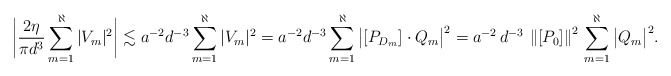
\begin{align*}\bigg|\frac{2\eta}{\pi d^3}\sum_{m=1}^\aleph|V_m|^2\bigg| \lesssim a^{-2}d^{-3}\sum_{m=1}^\aleph|V_m|^2=a^{-2}d^{-3}\sum_{m=1}^\aleph\big|[P_{D_m}]\cdot Q_{m} \big|^2 = a^{-2} \, d^{-3} \, \left\Vert [P_{0}] \right\Vert^{2} \, \sum_{m=1}^\aleph\big| Q_{m} \big|^2.\end{align*}